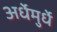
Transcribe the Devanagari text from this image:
अर्धेमुर्धे